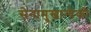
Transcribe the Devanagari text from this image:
सेनामुखान्येको